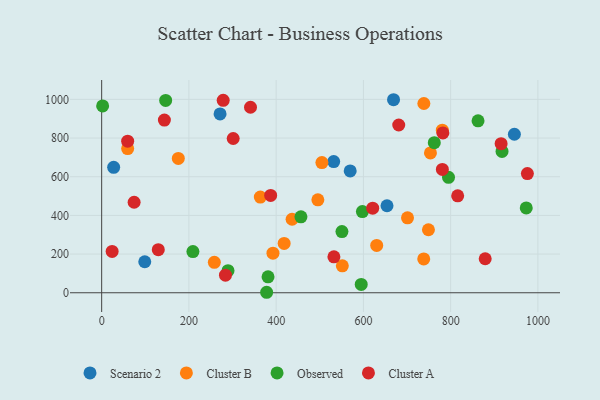
{"axis": {"x": "Ad Spend", "y": "Yield"}, "legend": ["Cluster A", "Cluster B", "Observed", "Scenario 2"], "data": [{"x": "27.5", "y": 648.4, "type": "Scenario 2"}, {"x": "946.1", "y": 819.6, "type": "Scenario 2"}, {"x": "98.8", "y": 160.4, "type": "Scenario 2"}, {"x": "531.9", "y": 678.4, "type": "Scenario 2"}, {"x": "669.1", "y": 998.1, "type": "Scenario 2"}, {"x": "569.7", "y": 630.2, "type": "Scenario 2"}, {"x": "271.4", "y": 924.6, "type": "Scenario 2"}, {"x": "654.1", "y": 449.9, "type": "Scenario 2"}, {"x": "749.1", "y": 325.7, "type": "Cluster B"}, {"x": "738.6", "y": 978.6, "type": "Cluster B"}, {"x": "701.1", "y": 387.5, "type": "Cluster B"}, {"x": "392.7", "y": 204.9, "type": "Cluster B"}, {"x": "630.5", "y": 244.8, "type": "Cluster B"}, {"x": "175.7", "y": 694.5, "type": "Cluster B"}, {"x": "59.6", "y": 745.7, "type": "Cluster B"}, {"x": "551.7", "y": 139.5, "type": "Cluster B"}, {"x": "495.6", "y": 480.5, "type": "Cluster B"}, {"x": "436.5", "y": 380.1, "type": "Cluster B"}, {"x": "738.3", "y": 175.1, "type": "Cluster B"}, {"x": "753.7", "y": 723.1, "type": "Cluster B"}, {"x": "258.3", "y": 157.5, "type": "Cluster B"}, {"x": "363.7", "y": 494.9, "type": "Cluster B"}, {"x": "780.9", "y": 840.4, "type": "Cluster B"}, {"x": "418.3", "y": 255.2, "type": "Cluster B"}, {"x": "504.9", "y": 673.0, "type": "Cluster B"}, {"x": "795.1", "y": 596.7, "type": "Observed"}, {"x": "595.0", "y": 42.9, "type": "Observed"}, {"x": "146.7", "y": 994.3, "type": "Observed"}, {"x": "973.3", "y": 438.6, "type": "Observed"}, {"x": "2.2", "y": 965.8, "type": "Observed"}, {"x": "289.6", "y": 114.2, "type": "Observed"}, {"x": "862.8", "y": 889.2, "type": "Observed"}, {"x": "762.5", "y": 775.8, "type": "Observed"}, {"x": "597.7", "y": 419.6, "type": "Observed"}, {"x": "378.2", "y": 2.5, "type": "Observed"}, {"x": "209.2", "y": 212.8, "type": "Observed"}, {"x": "550.8", "y": 316.6, "type": "Observed"}, {"x": "456.8", "y": 392.7, "type": "Observed"}, {"x": "917.8", "y": 730.6, "type": "Observed"}, {"x": "381.4", "y": 82.4, "type": "Observed"}, {"x": "278.6", "y": 995.0, "type": "Cluster A"}, {"x": "341.2", "y": 959.1, "type": "Cluster A"}, {"x": "915.7", "y": 770.6, "type": "Cluster A"}, {"x": "74.4", "y": 467.9, "type": "Cluster A"}, {"x": "387.4", "y": 503.1, "type": "Cluster A"}, {"x": "782.2", "y": 826.6, "type": "Cluster A"}, {"x": "129.8", "y": 223.0, "type": "Cluster A"}, {"x": "301.5", "y": 797.7, "type": "Cluster A"}, {"x": "24.0", "y": 213.5, "type": "Cluster A"}, {"x": "532.4", "y": 185.9, "type": "Cluster A"}, {"x": "879.2", "y": 175.9, "type": "Cluster A"}, {"x": "143.8", "y": 892.9, "type": "Cluster A"}, {"x": "975.9", "y": 616.0, "type": "Cluster A"}, {"x": "816.1", "y": 501.2, "type": "Cluster A"}, {"x": "283.8", "y": 91.1, "type": "Cluster A"}, {"x": "681.0", "y": 867.5, "type": "Cluster A"}, {"x": "59.6", "y": 783.8, "type": "Cluster A"}, {"x": "621.3", "y": 437.3, "type": "Cluster A"}, {"x": "781.0", "y": 637.9, "type": "Cluster A"}]}